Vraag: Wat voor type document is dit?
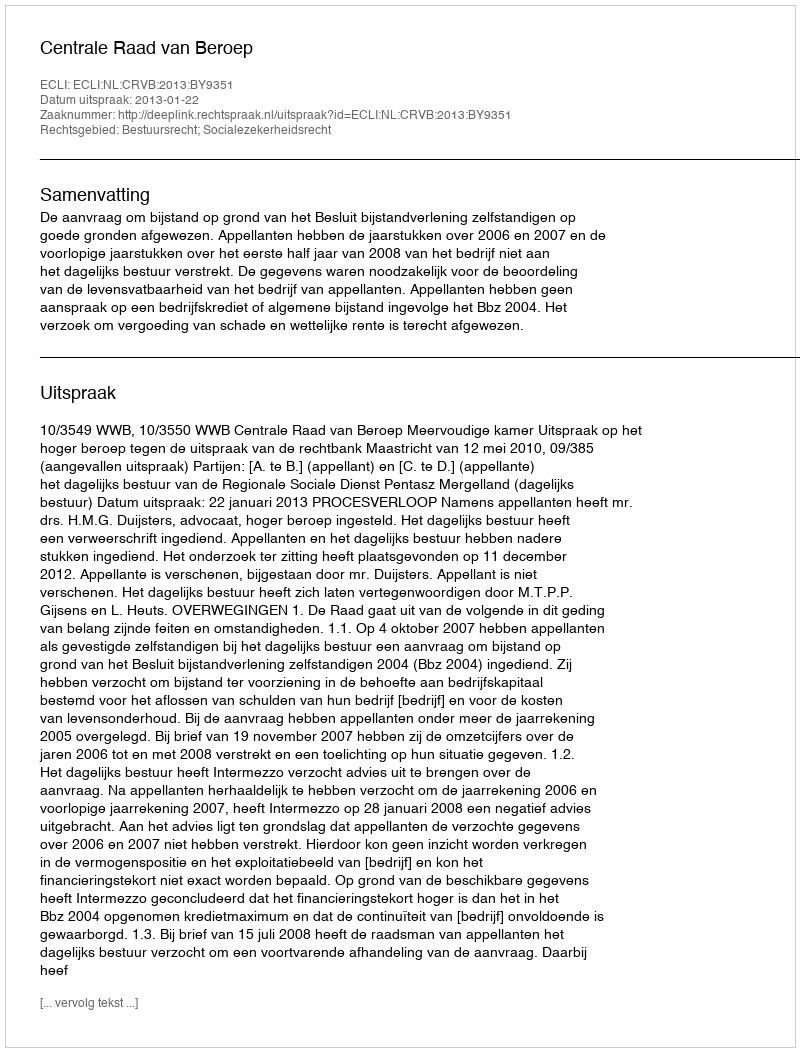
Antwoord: Uitspraak